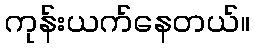
ကုန်းယက်နေတယ်။